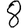
Digit: 8